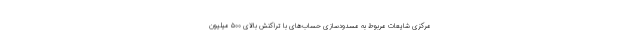
مرکزی شایعات مربوط به مسدودسازی حساب‌های با تراکنش بالای ۵۰۰ میلیون